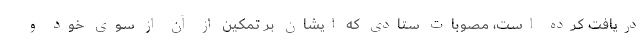
دريافت كرده است، مصوبات ستادى كه ايشان بر تمكين از آن از سوى خود و